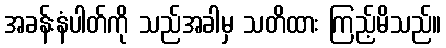
အခန်းနံပါတ်ကို သည်အခါမှ သတိထား ကြည့်မိသည်။